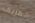
المزيف